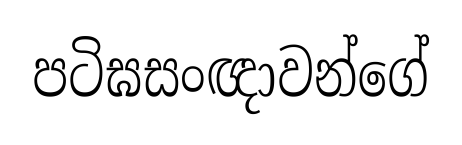
පටිඝසංඥාවන්ගේ